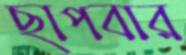
ছাপবার